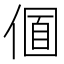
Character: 𠌛